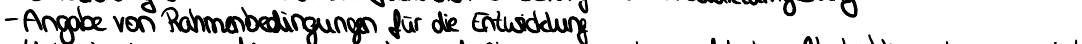
- Angabe von Rahmenbedingungen für die Entwicklung